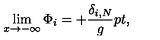
\lim _ { x \rightarrow - \infty } \Phi _ { i } = + { \frac { \delta _ { i , N } } { g } } \raise 2 p t \mathrm { , }